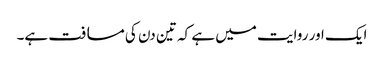
ایک اور روایت میں ہے کہ تین دن کی مسافت ہے۔